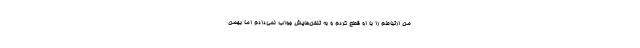
من ارتباطم را با او قطع کردم و به تلفن‌هایش جواب نمی‌دادم اما بهمن